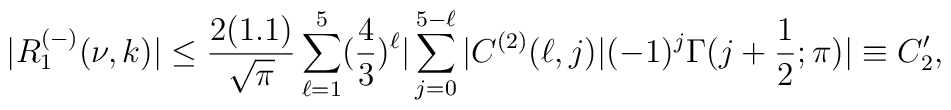
|R^{(-)}_1(\nu,k)|\leq\frac{2(1.1)}{\sqrt{\pi}}\sum_{\ell=1}^{5}(\frac{4}{3})^{\ell}|\sum_{j=0}^{5-\ell}|C^{(2)}(\ell,j)|(-1)^j\Gamma(j+\frac{1}{2};\pi)|\equiv C'_2,